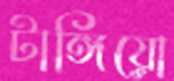
টাঙ্গিয়ো